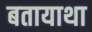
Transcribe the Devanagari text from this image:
बतायाथा